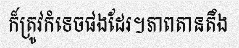
ក៏ត្រូវកំទេចផងដែរ។ភាពតានតឹង